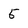
Character: 5